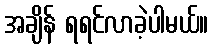
အချိန် ရရင်လာခဲ့ပါမယ်။